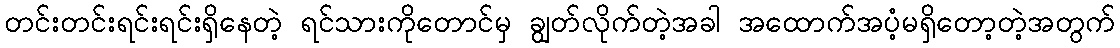
တင်းတင်းရင်းရင်းရှိနေတဲ့ ရင်သားကိုတောင်မှ ချွတ်လိုက်တဲ့အခါ အထောက်အပံ့မရှိတော့တဲ့အတွက်